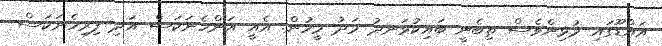
އައްޑޫގައި މުޅިންވެސް ތިބެނީ ބައިކުޅަނދު މަދު މީހުން. އެއީ އަންހެނަކަސް އަދި ފިރިހެނަކަސް